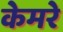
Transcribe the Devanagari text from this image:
केमरे